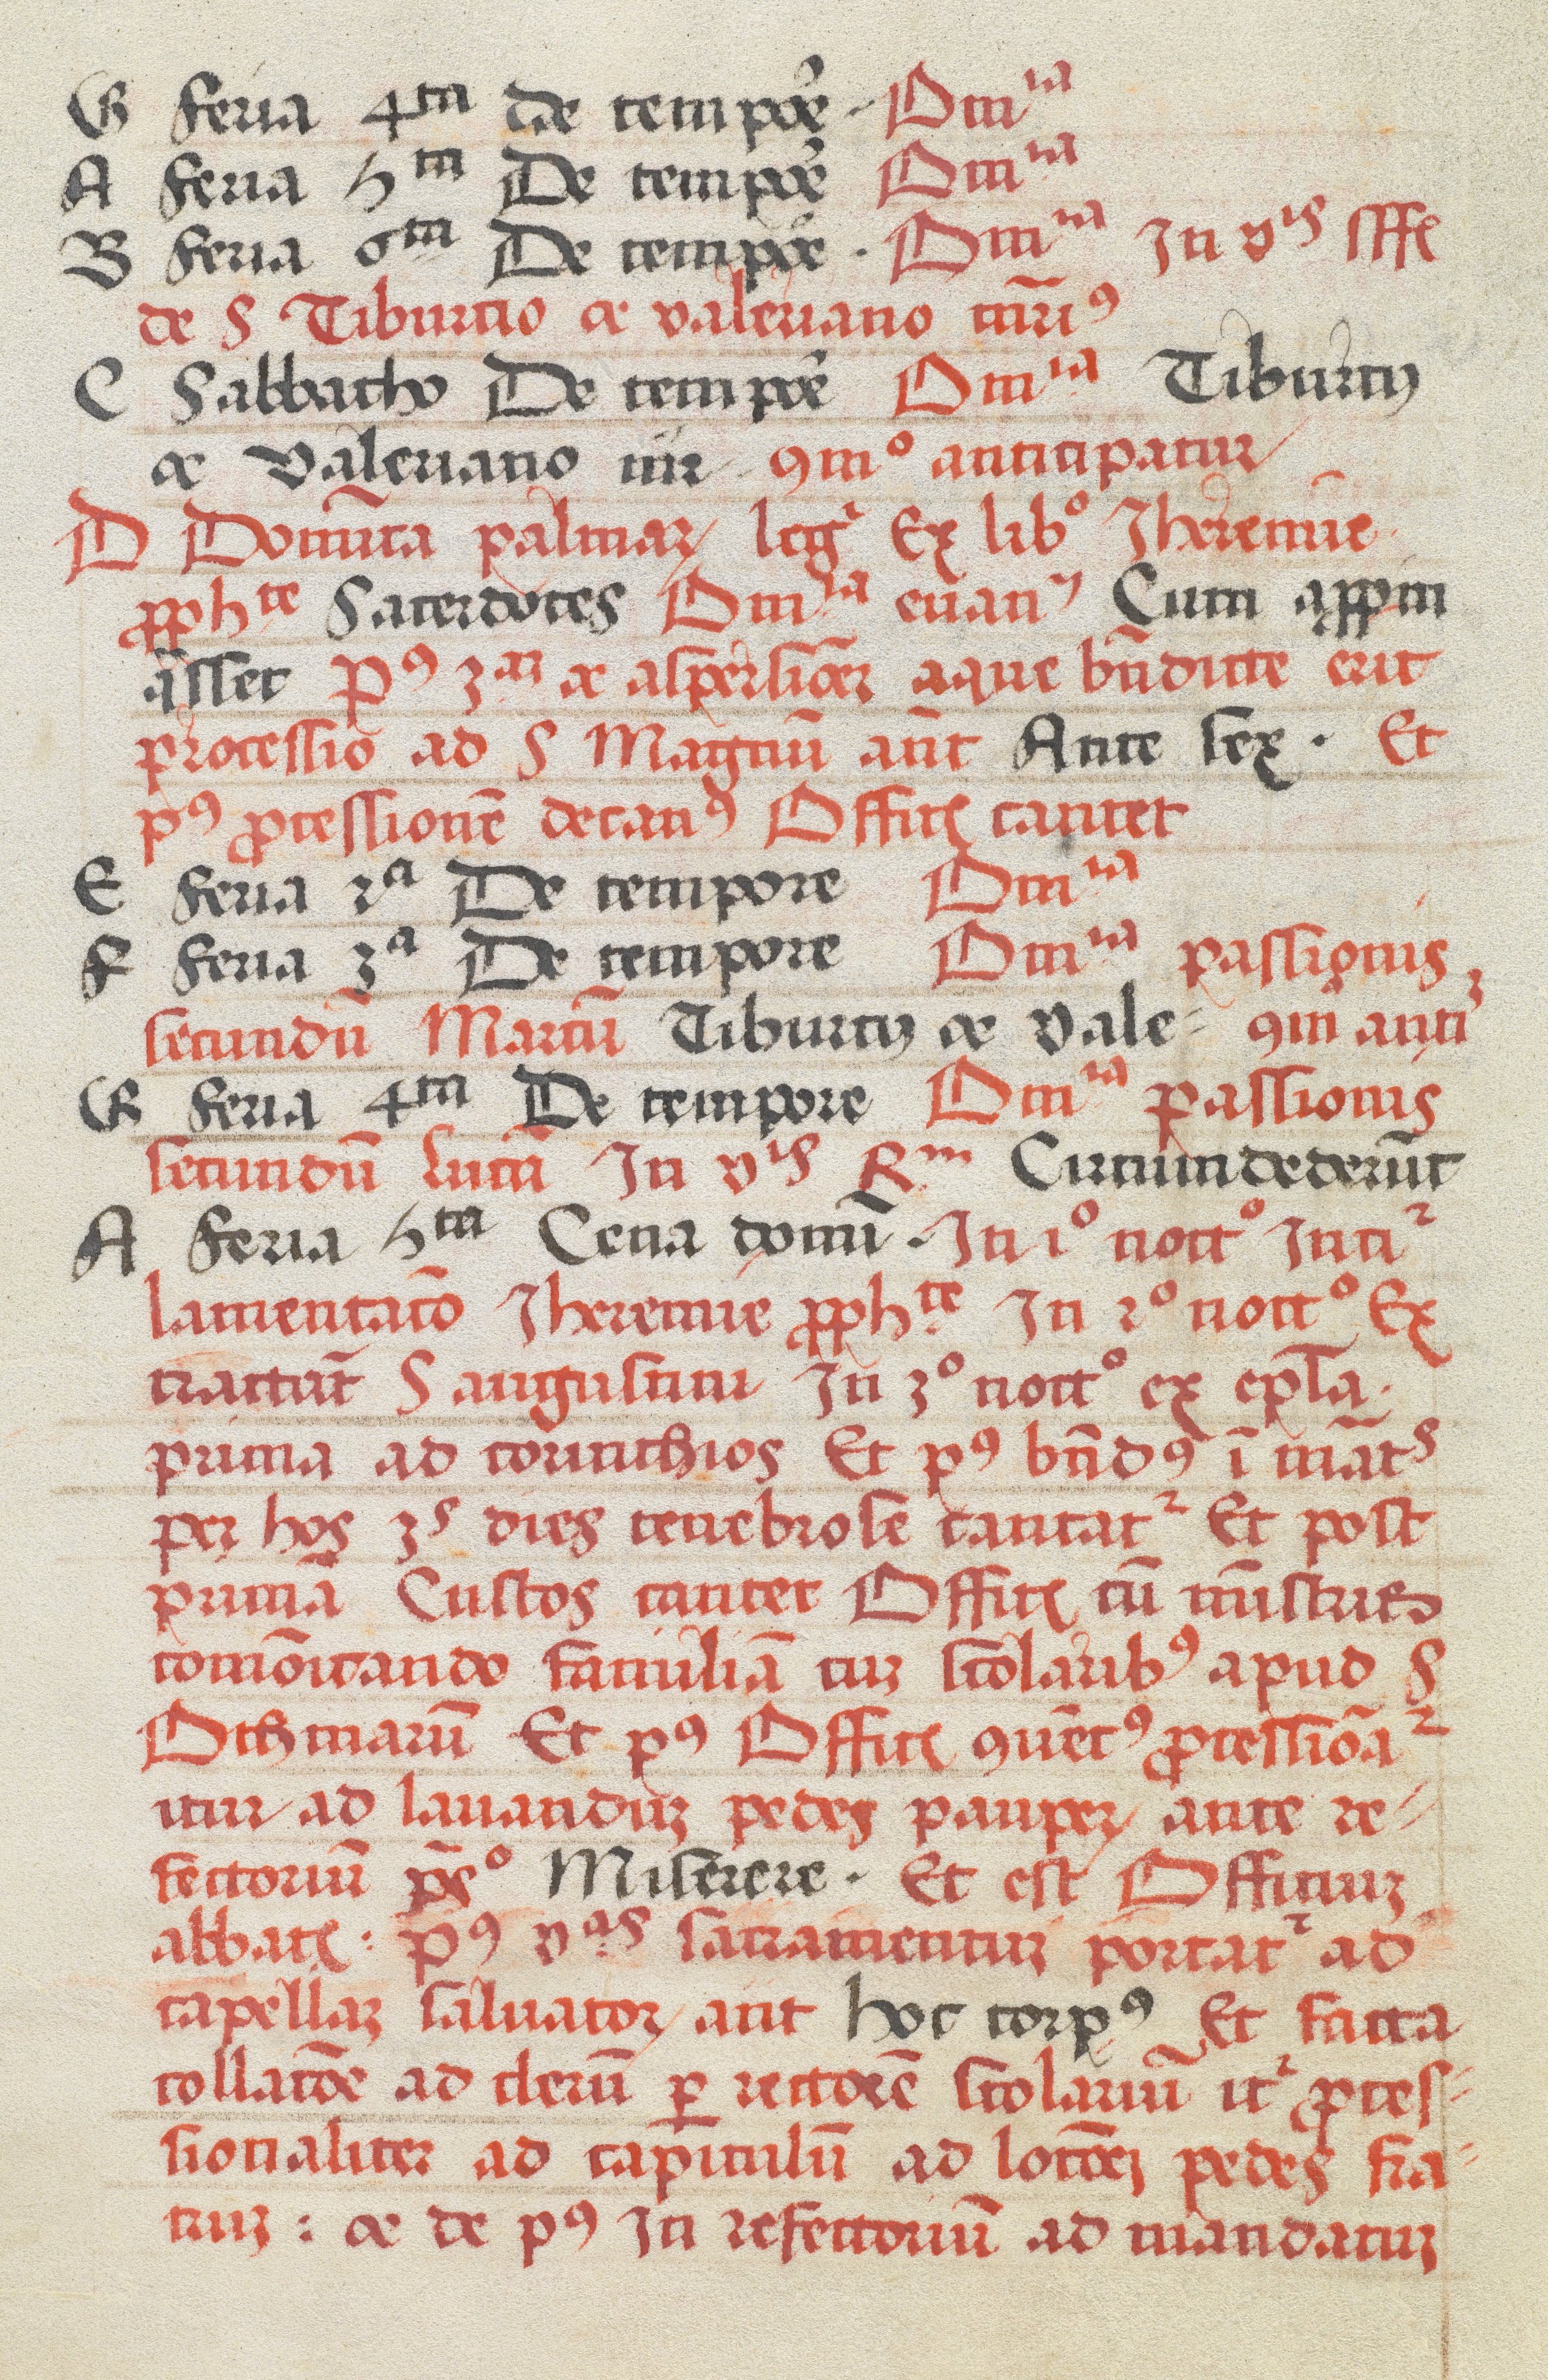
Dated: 1505–1535